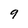
Character: 9